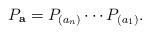
LaTeX: \begin{align*}P_\mathbf {a}=P_{(a_n)}\cdots P_{(a_1)}.\end{align*}